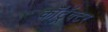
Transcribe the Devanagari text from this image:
कॉँट्रॅक्टर